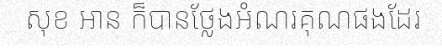
សុខ អាន ក៏បានថ្លែងអំណរគុណផងដែរ